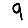
Digit: 9